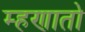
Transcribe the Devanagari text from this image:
म्हणातो